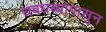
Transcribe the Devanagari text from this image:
धबधब्यापासून